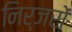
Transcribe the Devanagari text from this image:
निर्जरों